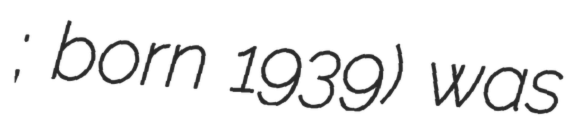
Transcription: שלו; born 1939) was